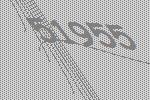
51955